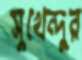
সুখেন্দুর